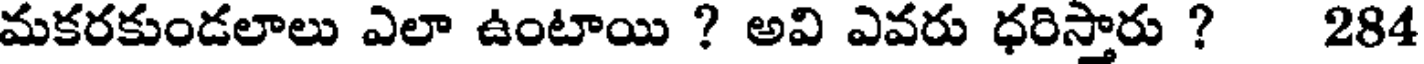
మకరకుండలాలు ఎలా ఉంటాయి ? అవి ఎవరు ధరిస్తారు ? 284